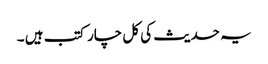
یہ حدیث کی کل چار کتب ہیں ۔